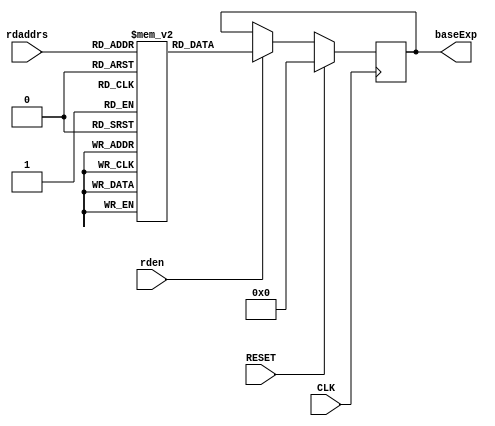
//H8_baseExpROM.v
//
// Version:  1.22  May 3, 2020
// Copyright (C) 2020.  All rights reserved.
//
////////////////////////////////////////////////////////////////////////////////////////////////////////////////////////
//                                                                                                                    //
//                                                 SYMPL Open-Source                                                  //
//                          HedgeHog Fused Spiking Neural Network Emulator/Compute Engine                             //
//                                    Evaluation and Product Development License                                      //
//                                                                                                                    //
//                                                                                                                    //
// Open-source means:  this source code and this instruction set ("this IP") may be freely downloaded, copied,        //
// modified, distributed and used in accordance with the terms and conditons of the licenses provided herein.         //
//                                                                                                                    //
// Provided that you comply with all the terms and conditions set forth herein, Jerry D. Harthcock ("licensor"),      //
// the original author and exclusive copyright owner of this HedgeHog Fused Spiking Neural Network Emulator/Compute   //
// Engine, including related development software ("this IP"), hereby grants recipient of this IP ("licensee"),       //
// a world-wide, paid-up, non-exclusive license to implement this IP within the programmable fabric of Xilinx Kintex  //
// Ultra Plus brand FPGAs--only--and used only for the purposes of evaluation, education, and development of end      //
// products and related development tools.                                                                            //
//                                                                                                                    //
// Furthermore, limited to the purposes of prototyping, evaluation, characterization and testing of implementations   //
// in a hard, custom or semi-custom ASIC, any university or institution of higher education may have their            //
// implementation of this IP produced for said limited purposes at any foundary of their choosing provided that such  //
// prototypes do not ever wind up in commercial circulation, with this license extending to such foundary and is in   //
// connection with said academic pursuit under the supervision of said university or institution of higher education. //
//                                                                                                                    //
// Any copying, distribution, customization, modification, or derivative work of this IP must include an exact copy   //
// of this license and original copyright notice at the very top of each source file and any derived netlist, and,    //
// in the case of binaries, a printed copy of this license and/or a text format copy in a separate file distributed   //
// with said netlists or binary files having the file name, "LICENSE.txt".  You, the licensee, also agree not to      //
// remove any copyright notices from any source file covered or distributed under this Evaluation and Product         //
// Development License.                                                                                               //
//                                                                                                                    //
// LICENSOR DOES NOT WARRANT OR GUARANTEE THAT YOUR USE OF THIS IP WILL NOT INFRINGE THE RIGHTS OF OTHERS OR          //
// THAT IT IS SUITABLE OR FIT FOR ANY PURPOSE AND THAT YOU, THE LICENSEE, AGREE TO HOLD LICENSOR HARMLESS FROM        //
// ANY CLAIM BROUGHT BY YOU OR ANY THIRD PARTY FOR YOUR SUCH USE.                                                     //
//                                                                                                                    //
// Licensor reserves all his rights, including, but in no way limited to, the right to change or modify the terms     //
// and conditions of this Evaluation and Product Development License anytime without notice of any kind to anyone.    //
// By using this IP for any purpose, licensee agrees to all the terms and conditions set forth in this Evaluation     //
// and Product Development License.                                                                                   //
//                                                                                                                    //
// This Evaluation and Product Development License does not include the right to sell products that incorporate       //
// this IP or any IP derived from this IP. If you would like to obtain such a license, please contact Licensor.       //
//                                                                                                                    //
// Licensor can be contacted at:  SYMPL.gpu@gmail.com or Jerry.Harthcock@gmail.com                                    //
//                                                                                                                    //
////////////////////////////////////////////////////////////////////////////////////////////////////////////////////////


 `timescale 1ns/100ps
 
module H8_baseExpROM (
    CLK,
    RESET,
    rden,
    rdaddrs,
    baseExp
    );    

input  CLK;
input  RESET;
input  rden;
input  [6:0] rdaddrs;
output [4:0]  baseExp;

//(* ram_style = "distributed" *) 
reg  [4:0] RAMA[127:0];  //5 bits x 128
reg  [4:0] baseExp;

initial begin
                   //  bin    dec
 RAMA[ 127] =  5'D31; //  NaN
 RAMA[ 126] =  18; //  63    +18
 RAMA[ 125] =  18; //  62    +18
 RAMA[ 124] =  18; //  61    +18
 RAMA[ 123] =  18; //  60    +18
 RAMA[ 122] =  17; //  59    +17
 RAMA[ 121] =  17; //  58    +17
 RAMA[ 120] =  17; //  57    +17
 RAMA[ 119] =  16; //  56    +16
 RAMA[ 118] =  16; //  55    +16
 RAMA[ 117] =  16; //  54    +16
 RAMA[ 116] =  15; //  53    +15
 RAMA[ 115] =  15; //  52    +15
 RAMA[ 114] =  15; //  51    +15
 RAMA[ 113] =  15; //  50    +15
 RAMA[ 112] =  14; //  49    +14
 RAMA[ 111] =  14; //  48    +14
 RAMA[ 110] =  14; //  47    +14
 RAMA[ 109] =  13; //  46    +13
 RAMA[ 108] =  13; //  45    +13
 RAMA[ 107] =  13; //  44    +13
 RAMA[ 106] =  12; //  43    +12
 RAMA[ 105] =  12; //  42    +12
 RAMA[ 104] =  12; //  41    +12
 RAMA[ 103] =  12; //  40    +12
 RAMA[ 102] =  11; //  39    +11
 RAMA[ 101] =  11; //  38    +11
 RAMA[ 100] =  11; //  37    +11
 RAMA[  99] =  10; //  36    +10
 RAMA[  98] =  10; //  35    +10
 RAMA[  97] =  10; //  34    +10
 RAMA[  96] =   9; //  33    + 9
 RAMA[  95] =   9; //  32    + 9
 RAMA[  94] =   9; //  31    + 9
 RAMA[  93] =   9; //  30    + 9
 RAMA[  92] =   8; //  29    + 8
 RAMA[  91] =   8; //  28    + 8
 RAMA[  90] =   8; //  27    + 8

 RAMA[  89] =   0; //  26    + 7
 RAMA[  88] =   0; //  25    + 7
 RAMA[  87] =   0; //  24    + 7
 RAMA[  86] =   0; //  23    + 6
 RAMA[  85] =   0; //  22    + 6
 RAMA[  84] =   0; //  21    + 6
 RAMA[  83] =   0; //  20    + 6
 RAMA[  82] =   0; //  19    + 5
 RAMA[  81] =   0; //  18    + 5
 RAMA[  80] =   0; //  17    + 5
 RAMA[  79] =   0; //  16    + 4
 RAMA[  78] =   0; //  15    + 4
 RAMA[  77] =   0; //  14    + 4
 RAMA[  76] =   0; //  13    + 3
 RAMA[  75] =   0; //  12    + 3
 RAMA[  74] =   0; //  11    + 3
 RAMA[  73] =   0; //  10    + 3
 RAMA[  72] =   0; //  9     + 2
 RAMA[  71] =   0; //  8     + 2
 RAMA[  70] =   0; //  7     + 2
 RAMA[  69] =   0; //  6     + 1
 RAMA[  68] =   0; //  5     + 1
 RAMA[  67] =   0; //  4     + 1
 RAMA[  66] =   0; //  3     + 0
 RAMA[  65] =   0; //  2     + 0
 RAMA[  64] =   0; //  1     + 0
 RAMA[  63] =   0; //  0     + 0

                   // bin    dec          
 RAMA[  62] =  1 ; // -1     -1   minus                      
 RAMA[  61] =  1 ; // -2     -1     |                        
 RAMA[  60] =  1 ; // -3     -1     |                        
 RAMA[  59] =  2 ; // -4     -2     v                        
 RAMA[  58] =  2 ; // -5     -2                              
 RAMA[  57] =  2 ; // -6     -2                              
 RAMA[  56] =  3 ; // -7     -3                              
 RAMA[  55] =  3 ; // -8     -3                              
 RAMA[  54] =  3 ; // -9     -3 
                              

 RAMA[  53] =  4 ; // -10    -4                              
 RAMA[  52] =  4 ; // -11    -4                              
 RAMA[  51] =  4 ; // -12    -4 
 RAMA[  50] =  4 ; // -13    -4 
 RAMA[  49] =  5 ; // -14    -5 
 RAMA[  48] =  5 ; // -15    -5 
 RAMA[  47] =  5 ; // -16    -5 
 RAMA[  46] =  6 ; // -17    -6 
 RAMA[  45] =  6 ; // -18    -6 
 RAMA[  44] =  6 ; // -19    -6 
 RAMA[  43] =  7 ; // -20    -7 
 RAMA[  42] =  7 ; // -21    -7 
 RAMA[  41] =  7 ; // -22    -7 
 RAMA[  40] =  7 ; // -23    -7 
 RAMA[  39] =  8 ; // -24    -8 
 RAMA[  38] =  8 ; // -25    -8 
 RAMA[  37] =  8 ; // -26    -8 
 RAMA[  36] =  9 ; // -27    -9 
 RAMA[  35] =  9 ; // -28    -9 
 RAMA[  34] =  9 ; // -29    -9 
 RAMA[  33] =  10; // -30    -10
 RAMA[  32] =  10; // -31    -10
 RAMA[  31] =  10; // -32    -10
 RAMA[  30] =  10; // -33    -10
 RAMA[  29] =  11; // -34    -11
 RAMA[  28] =  11; // -35    -11
 RAMA[  27] =  11; // -36    -11
 RAMA[  26] =  12; // -37    -12
 RAMA[  25] =  12; // -38    -12
 RAMA[  24] =  12; // -39    -12
 RAMA[  23] =  13; // -40    -13
 RAMA[  22] =  13; // -41    -13
 RAMA[  21] =  13; // -42    -13
 RAMA[  20] =  13; // -43    -13
 RAMA[  19] =  14; // -44    -14
 RAMA[  18] =  14; // -45    -14
 RAMA[  17] =  14; // -46    -14
 RAMA[  16] =  15; // -47    -15
 RAMA[  15] =  15; // -48    -15
 RAMA[  14] =  15; // -49    -15
 RAMA[  13] =  16; // -50    -16
 RAMA[  12] =  16; // -51    -16
 RAMA[  11] =  16; // -52    -16
 RAMA[  10] =  16; // -53    -16
 RAMA[   9] =  17; // -54    -17
 RAMA[   8] =  17; // -55    -17
 RAMA[   7] =  17; // -56    -17
 RAMA[   6] =  18; // -57    -18
 RAMA[   5] =  18; // -58    -18
 RAMA[   4] =  18; // -59    -18
 RAMA[   3] =  19; // -60    -19
 RAMA[   2] =  19; // -61    -19
 RAMA[   1] =  19; // -62    -19
 RAMA[   0] =  19; // -63    subnormal
end                 

always @(posedge CLK) begin
    if (RESET) baseExp <= 0;
    else if (rden) baseExp <= RAMA[rdaddrs];
end

endmodule